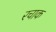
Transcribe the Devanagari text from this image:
रचाक